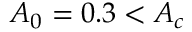
A _ { 0 } = 0 . 3 < A _ { c }